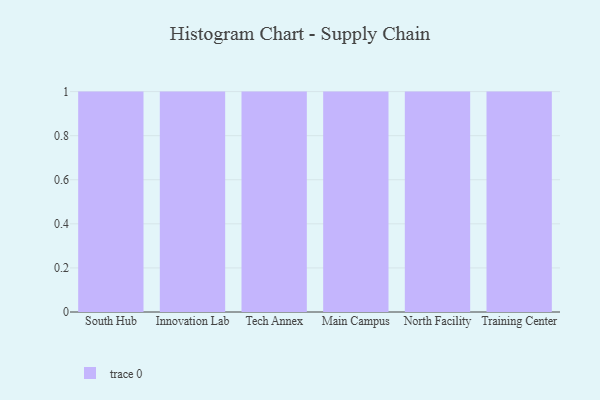
{"axis": {"x": "Campus", "y": "Inventory Turnover"}, "legend": [""], "data": [{"x": "South Hub", "y": 87, "type": ""}, {"x": "Innovation Lab", "y": 71, "type": ""}, {"x": "Tech Annex", "y": 22, "type": ""}, {"x": "Main Campus", "y": 3, "type": ""}, {"x": "North Facility", "y": 71, "type": ""}, {"x": "Training Center", "y": 62, "type": ""}]}